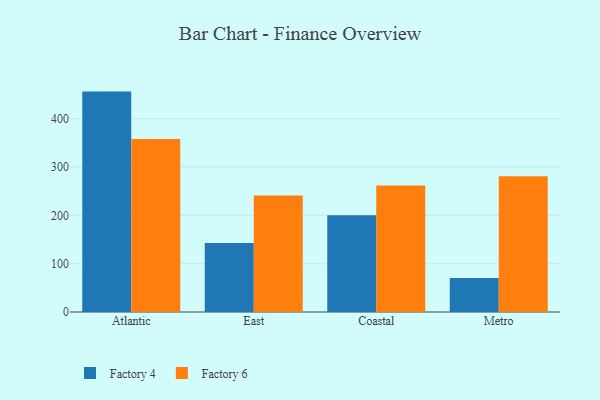
{"axis": {"x": "Region", "y": "Production Output"}, "legend": ["Factory 4", "Factory 6"], "data": [{"x": "Atlantic", "y": 456.1, "type": "Factory 4"}, {"x": "Atlantic", "y": 358.2, "type": "Factory 6"}, {"x": "East", "y": 142.9, "type": "Factory 4"}, {"x": "East", "y": 240.9, "type": "Factory 6"}, {"x": "Coastal", "y": 200.1, "type": "Factory 4"}, {"x": "Coastal", "y": 261.9, "type": "Factory 6"}, {"x": "Metro", "y": 70.5, "type": "Factory 4"}, {"x": "Metro", "y": 280.8, "type": "Factory 6"}]}